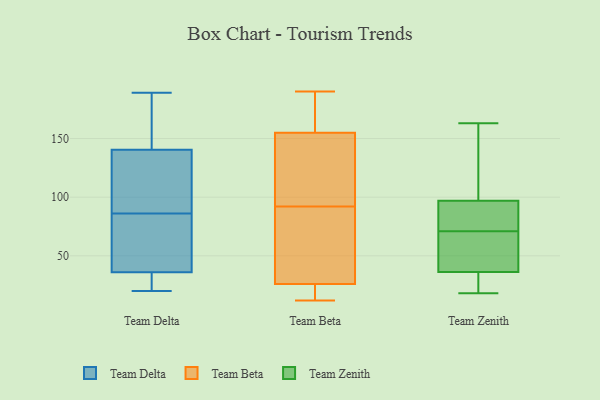
{"axis": {"x": "Temperature (°C)", "y": "Value"}, "legend": ["Team Beta", "Team Delta", "Team Zenith"], "data": [{"x": "", "y": 136, "type": "Team Delta"}, {"x": "", "y": 38, "type": "Team Delta"}, {"x": "", "y": 178, "type": "Team Delta"}, {"x": "", "y": 25, "type": "Team Delta"}, {"x": "", "y": 82, "type": "Team Delta"}, {"x": "", "y": 20, "type": "Team Delta"}, {"x": "", "y": 160, "type": "Team Delta"}, {"x": "", "y": 53, "type": "Team Delta"}, {"x": "", "y": 145, "type": "Team Delta"}, {"x": "", "y": 29, "type": "Team Delta"}, {"x": "", "y": 123, "type": "Team Delta"}, {"x": "", "y": 80, "type": "Team Delta"}, {"x": "", "y": 189, "type": "Team Delta"}, {"x": "", "y": 111, "type": "Team Delta"}, {"x": "", "y": 34, "type": "Team Delta"}, {"x": "", "y": 90, "type": "Team Delta"}, {"x": "", "y": 135, "type": "Team Beta"}, {"x": "", "y": 58, "type": "Team Beta"}, {"x": "", "y": 33, "type": "Team Beta"}, {"x": "", "y": 12, "type": "Team Beta"}, {"x": "", "y": 26, "type": "Team Beta"}, {"x": "", "y": 93, "type": "Team Beta"}, {"x": "", "y": 91, "type": "Team Beta"}, {"x": "", "y": 25, "type": "Team Beta"}, {"x": "", "y": 178, "type": "Team Beta"}, {"x": "", "y": 173, "type": "Team Beta"}, {"x": "", "y": 190, "type": "Team Beta"}, {"x": "", "y": 26, "type": "Team Beta"}, {"x": "", "y": 155, "type": "Team Beta"}, {"x": "", "y": 124, "type": "Team Beta"}, {"x": "", "y": 57, "type": "Team Zenith"}, {"x": "", "y": 18, "type": "Team Zenith"}, {"x": "", "y": 25, "type": "Team Zenith"}, {"x": "", "y": 42, "type": "Team Zenith"}, {"x": "", "y": 91, "type": "Team Zenith"}, {"x": "", "y": 115, "type": "Team Zenith"}, {"x": "", "y": 121, "type": "Team Zenith"}, {"x": "", "y": 24, "type": "Team Zenith"}, {"x": "", "y": 40, "type": "Team Zenith"}, {"x": "", "y": 91, "type": "Team Zenith"}, {"x": "", "y": 163, "type": "Team Zenith"}, {"x": "", "y": 78, "type": "Team Zenith"}, {"x": "", "y": 71, "type": "Team Zenith"}]}